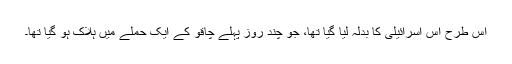
اس طرح اس اسرائیلی کا بدلہ لیا گیا تھا، جو چند روز پہلے چاقو کے ایک حملے میں ہلاک ہو گیا تھا۔